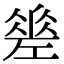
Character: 𢀩